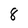
Character: 8